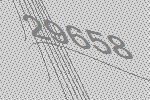
29658